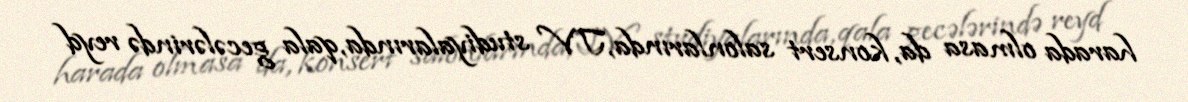
harada olmasa da, konsert salonlarında, TV studiyalarında, qala gecələrində reyd